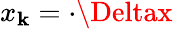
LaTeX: x_{\mathbf{k}}=\cdot\Deltax